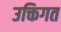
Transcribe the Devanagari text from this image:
उक्तिगत